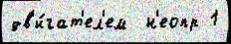
дв'и́гат'ел'ем  н'еопр 1